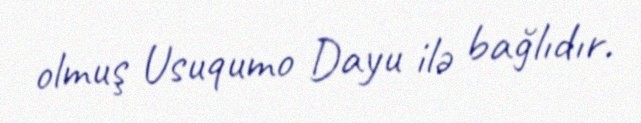
olmuş Usuqumo Dayu ilə bağlıdır.